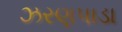
ઝરણપાડા